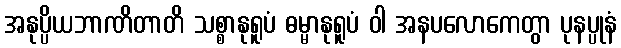
အနုပ္ပိယဘာဏိတာတိ သစ္စာနုရူပံ ဓမ္မာနုရူပံ ဝါ အနပလောကေတွာ ပုနပ္ပုနံ